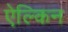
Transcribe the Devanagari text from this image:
ऐल्किन